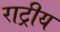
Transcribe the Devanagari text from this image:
राट्रीय